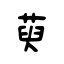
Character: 萸